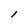
Character: i